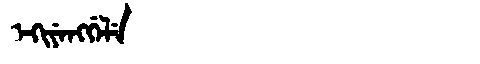
Manchu: ᡝᡴᡳᠶᡝᠩᡤᡝᠯᡝ
Romanization: EKIYENGGELE